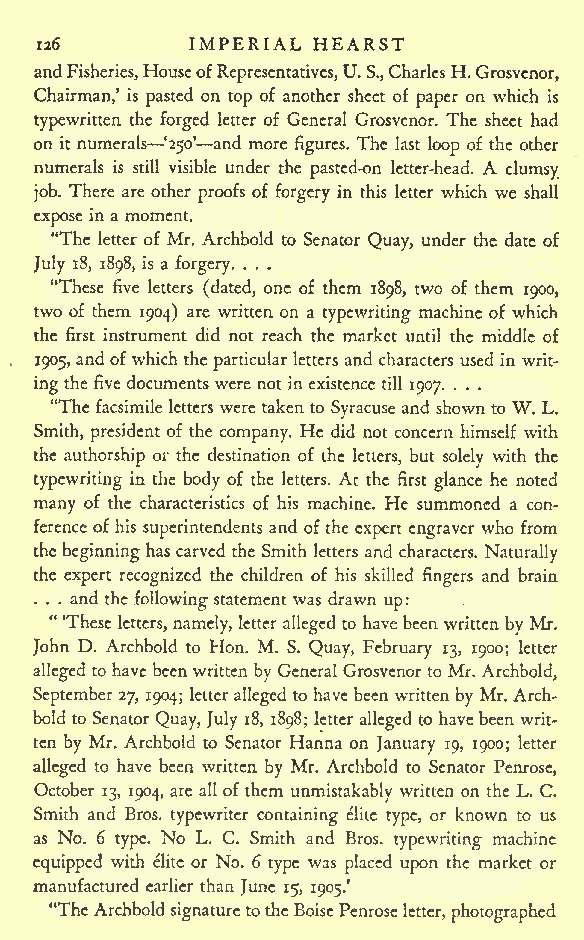
IMPERIAL HEARST
 126
 andFisheries,HouseofRepresentatives,U. S.,CharlesH.Grosvenor,
 Chairman,' is pasted on top of another sheet of paper on which is
 typewritten the forged letter of General Grosvenor. The sheet had
 on it numerals '250' and more figures. The last loop of the other
 numerals is still visible under the pasted-on letter-head. A clumsy
 job. There are other proofs of forgery in this letter which we shall
 expose in a moment.
 "The letter of Mr. Archbold to Senator Quay, under the date of
 July 18, 1898, is a forgery. . . .
 "These five letters (dated, one of them 1898, two of them 1900,
 two of them 1904) are written on a typewriting machine of which
 the first instrument did not reach the market until the middle of
 1905, andof which the particular letters and characters used in writ-
 ing the five documentswere not in existence till 1907. . . .
 "The facsimile letters were taken to Syracuse and shown to W. L.
 Smith, president of the company. He did not concern himself with
 the authorship or the destination of the letters, but solely with the
 typewriting in the body of the letters. At the first glance he noted
 many of the characteristics of his machine. He summoned a con-
 ference of his superintendents and of the expert engraver who from
 the beginning has carved the Smith letters and characters. Naturally
 the expert recognized the children of his skilled fingers and brain
 . . . and the following statement was drawn up:
 "'These letters, namely, letter alleged to have been written by Mr.
 John D. Archbold to Hon. M. S. Quay, February 13, 1900; letter
 alleged to havebeenwritten by General Grosvenor to Mr. Archbold,
 September27, 1904; letter alleged to have been written by Mr. Arch-
 bold to Senator Quay, July 18, 1898; letter alleged to havebeen writ-
 ten by Mr. Archbold to Senator Hanna on January 19, 1900; letter
 alleged to have been written by Mr. Archbold to Senator Penrose,
 October 13, 1904, are all of them unmistakably written on the L. C.
 Smith and Bros, typewriter containing elite type, or known to us
 as No. 6 type. No L. C. Smith and Bros, typewriting machine
 equipped with elite or No. 6 type was placed upon the market or
 manufactured earlier than June 15, 1905.'
 "TheArchbold signaturetotheBoisePenroseletter, photographed